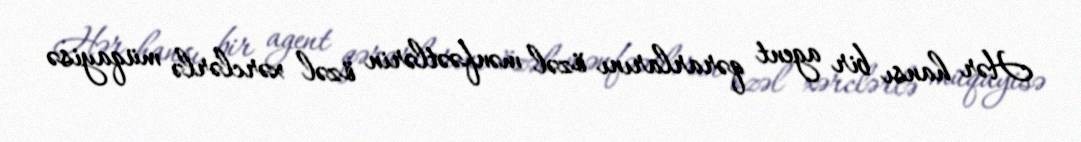
Hər hansı bir agent qərarlarını özəl mənfəətlərin özəl xərclərlə müqayisə